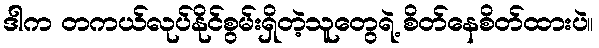
ဒါက တကယ်လုပ်နိုင်စွမ်းရှိတဲ့သူတွေရဲ့ စိတ်နေစိတ်ထားပဲ။